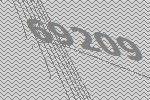
69209